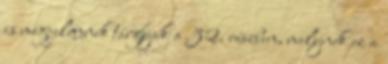
is megjelennek tárgyak a 32. részben, melynek ez a